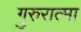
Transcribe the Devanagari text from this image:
गुरुरात्मा